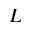
L